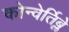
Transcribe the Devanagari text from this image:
कोन्वेर्तिब्ले